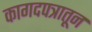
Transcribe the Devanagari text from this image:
कागदपत्रातून